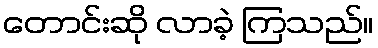
တောင်းဆို လာခဲ့ ကြသည်။